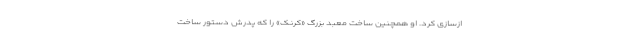
ازسازی کرد. او همچنین ساخت معبد بزرگ «کرنک» را که پدرش دستور ساخت